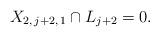
LaTeX: \begin{align*}X_{2, \, j+2, \, 1} \cap L_{j+2} = 0.\end{align*}